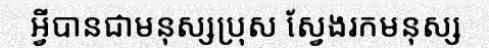
អ្វីបានជាមនុស្សប្រុស ស្វែងរកមនុស្ស